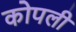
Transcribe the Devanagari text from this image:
कोपली